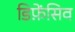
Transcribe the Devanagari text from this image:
डिफ़ेंसिव